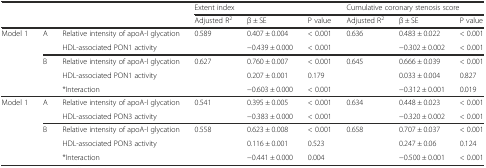
| <ROWSPAN=2-COLSPAN=3>  | <COLSPAN=3> Extent index | <COLSPAN=3> Cumulative coronary stenosis score |
 | Adjusted R2 | β ± SE | P value | Adjusted R2 | β ± SE | P value |
 | --- | --- | --- | --- | --- | --- | --- | --- | --- |
 | <ROWSPAN=5> Model 1 | <ROWSPAN=2> A | Relative intensity of apoA-I glycation | 0.589 | 0.407 ± 0.004 | < 0.001 | 0.636 | 0.483 ± 0.022 | < 0.001 |
 | HDL-associated PON1 activity |  | −0.439 ± 0.000 | < 0.001 |  | −0.302 ± 0.002 | < 0.001 |
 | <ROWSPAN=3> B | Relative intensity of apoA-I glycation | 0.627 | 0.760 ± 0.007 | < 0.001 | 0.645 | 0.666 ± 0.039 | < 0.001 |
 | HDL-associated PON1 activity |  | 0.207 ± 0.001 | 0.179 |  | 0.033 ± 0.004 | 0.827 |
 | *Interaction |  | −0.603 ± 0.000 | < 0.001 |  | −0.312 ± 0.001 | 0.019 |
 | <ROWSPAN=5> Model 1 | <ROWSPAN=2> A | Relative intensity of apoA-I glycation | 0.541 | 0.395 ± 0.005 | < 0.001 | 0.634 | 0.448 ± 0.023 | < 0.001 |
 | HDL-associated PON3 activity |  | −0.383 ± 0.000 | < 0.001 |  | −0.320 ± 0.002 | < 0.001 |
 | <ROWSPAN=3> B | Relative intensity of apoA-I glycation | 0.558 | 0.623 ± 0.008 | < 0.001 | 0.658 | 0.707 ± 0.037 | < 0.001 |
 | HDL-associated PON3 activity |  | 0.116 ± 0.001 | 0.523 |  | 0.247 ± 0.06 | 0.124 |
 | *Interaction |  | −0.441 ± 0.000 | 0.004 |  | −0.500 ± 0.001 | < 0.001 |